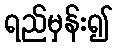
ရည်မှန်း၍